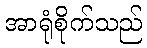
အာရုံစိုက်သည်